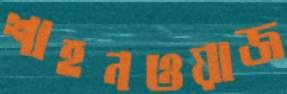
শাহনওয়াজ